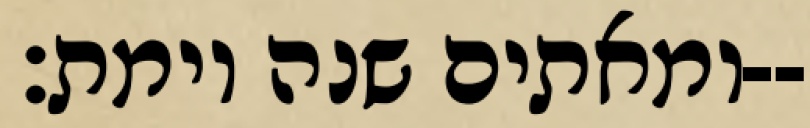
ומאתים שנה וימת׃--